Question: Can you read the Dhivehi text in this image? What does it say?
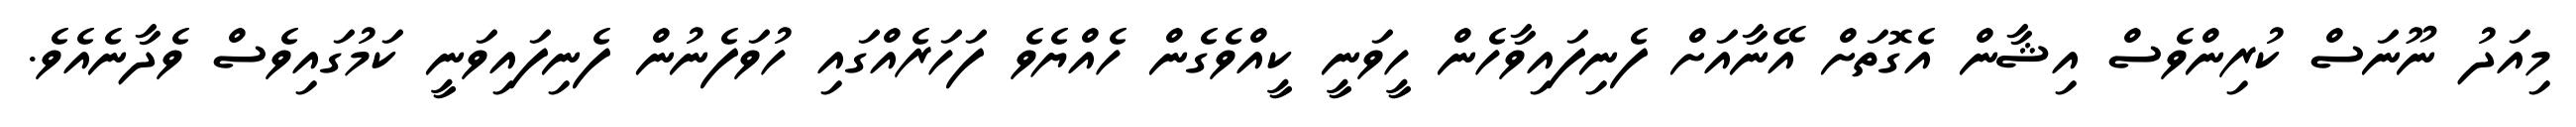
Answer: މިއަދު ނޫނަސް ކުރިންވެސް އިޝާން އެގޮތަށް އޭނާއަށް ފެނިފައިވާހެން ހީވަނީ ކީއްވެގެން ހެއްޔެވެ ފަހަރެއްގައި ހުވަފެނުން ފެނިފައިވަނީ ކަމުގައިވެސް ވެދާނެއެވެ.